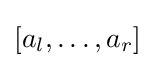
[a_{l},\ldots ,a_{r}]